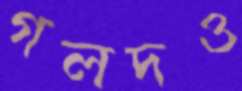
গলদও